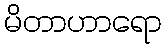
မိတာဟာရော